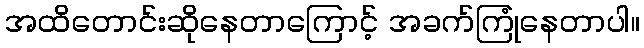
အထိတောင်းဆိုနေတာကြောင့် အခက်ကြုံနေတာပါ။